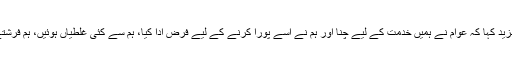
انہوں نے مزید کہا کہ عوام نے ہمیں خدمت کے لیے چنا اور ہم نے اسے پورا کرنے کے لیے فرض ادا کیا، ہم سے کئی غلطیاں ہوئیں، ہم فرشتے نہیں ہیں۔